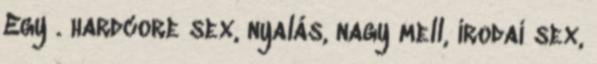
Egy . hardcore sex, nyalás, nagy mell, irodai sex,